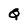
Character: Q